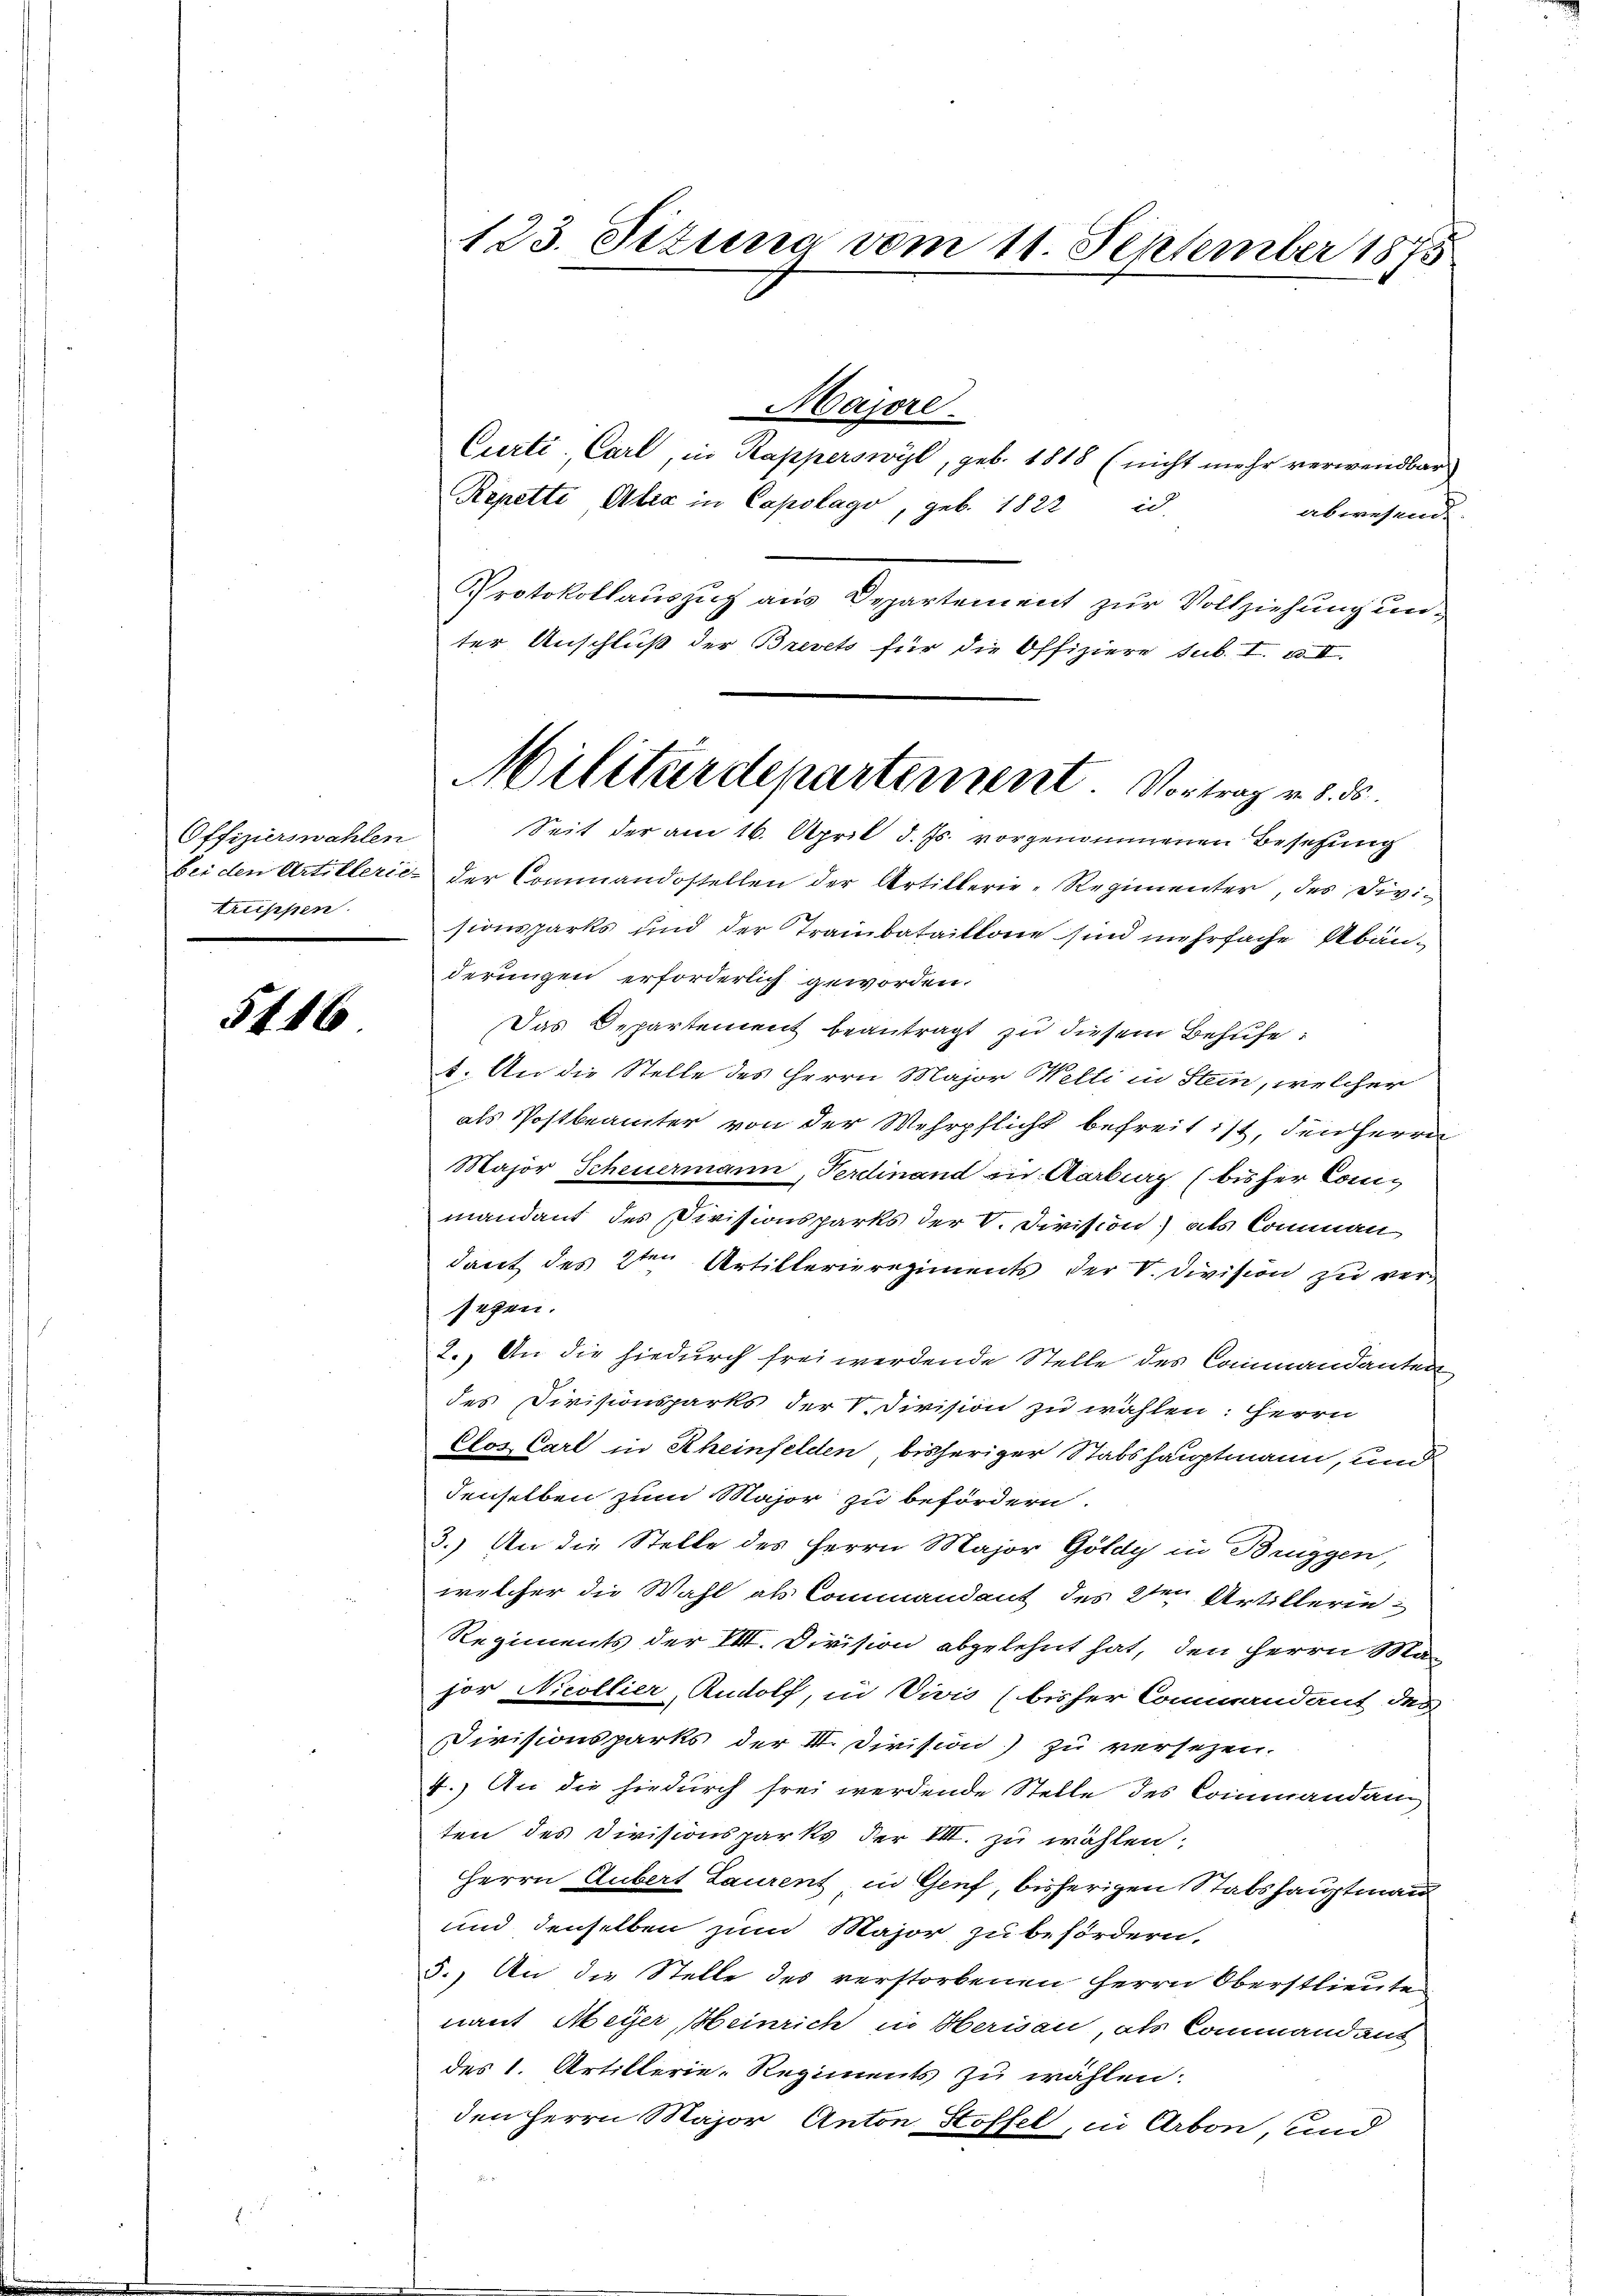
Offizierswahlen
truppen

5416

123. Situng vom 11. September 1875

Curti, Carl, in Rapperswyl, geb. 1818 (nicht mehr verwendbar
Repetti, Aber in Capolago, geb. 1822 id.
abwesend
Protokollauszug aus Departement zur Vollziehung unter Anschluß der Brevets für die Offiziere sub. I. & II.
Seit der am 16. April d. Js. vorgenommenen Besetzung
bei den Artillerie der Commandostellen der Artillerie-Regimenter, des Divisionsparks und der Trambataillone sind mehrfache Abänderungen erforderlich geworden.
Das Departement beantragt zu diesem Behufe:
1. An die Stelle des Herrn Major Welti in Stein, welcher
als Postbeamter von der Wehrpflicht befreit ist, den Herrn
Major Scheuermann, Ferdinand zu. Aarbig (bisher Conmandant des Divisionsparks der V. Division) als Comman
dant des 2ten Artillerieregiments der V. Division zu verseten.
2.) An die hiedurch frei werdende Stelle des Commandanten
des Divisionsparks der 1. Division zu wählen: Herrn
Clos. Carl in Rheinfelden, bisheriger Stabshauptmann, und
denselben zum Major zu befördern.
2.) An die Stelle des Herrn Major Goldy in Bruggen,
welcher die Wahl als Commandant des 2ten Artillerin
Regiments der VIII. Division abgelehnt hat, den Herrn Major Nicollier, Rudolf, in Vivis (bisher Commandant des
Divisionsparks der II. Division) zu versezen.
4.) An die hiedurch frei werdende Stelle des Commandam,
ten des Divisionsparks der VIII. zu wählen;
HHerrn Gubert Laurent in Genf, bisherigen Stabshauptmann
und denselben zum Major zu befördern,
5.) An die Stelle des verstorbenen Herrn Oberstlieute
nant Meyer, Heinrich in Herisau, als Commandant
des 1. Artillerie-Regiments zu wählen.
den Herrn Major Anton Stoffel, in Arbon, und

Majore.

Militärdepartement Vortrag v. d. d.